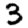
Digit: 3